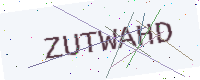
Text: ZUTWAHD